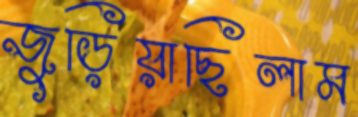
জুড়িয়াছিলাম